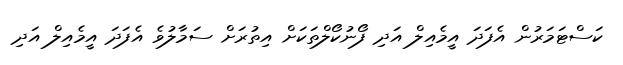
ކަސްޓަމަރުން އެފަދަ އީމެއިލް އަދި ފޯނުކޯލްތަކަށް އިތުރަށް ސަމާލުވެ އެފަދަ އީމެއިލް އަދި